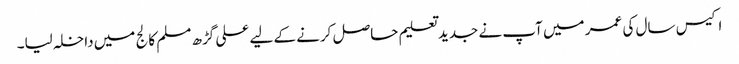
اکیس سال کی عمر میں آپ نے جدید تعلیم حاصل کرنے کے لیے علی گڑھ مسلم کالج میں داخلہ لیا۔